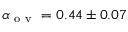
\alpha _ { \mathrm { ~ o ~ v ~ } } = 0 . 4 4 \pm 0 . 0 7